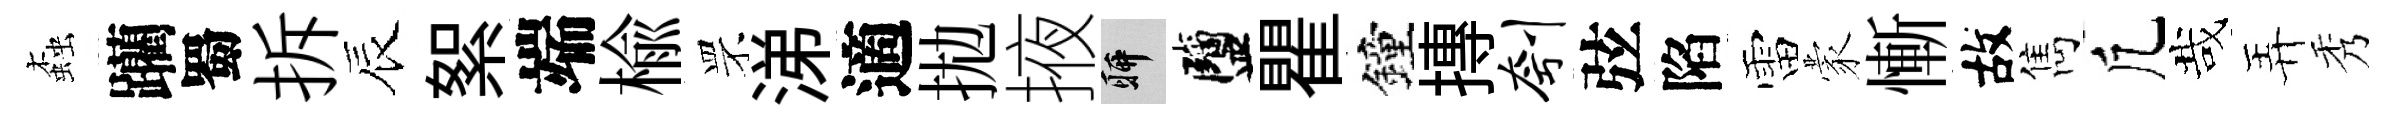
螙躪蜀拆辰絮端榆罘涕適拋掖聊鹽瞿鐘摶刳弦陷雷蒙慚故雋凢哉弄秀